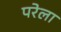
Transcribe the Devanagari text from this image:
परेला